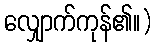
လျှောက်ကုန်၏။)